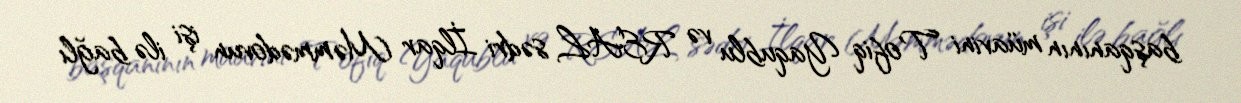
başqanının müavini Tofiq Yaqublu və REAL sədri İlqar Məmmədovun işi ilə bağlı